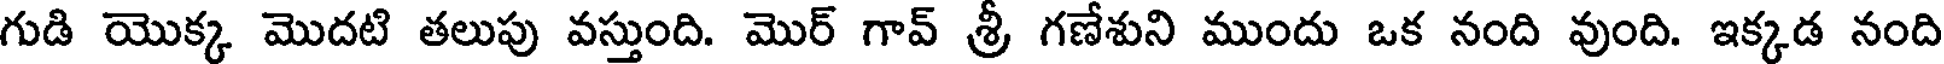
గుడి యొక్క మొదటి తలుపు వస్తుంది. మొర్ గావ్ శ్రీ గణేశుని ముందు ఒక నంది వుంది. ఇక్కడ నంది